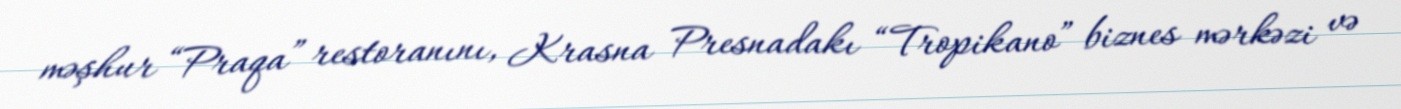
məşhur “Praqa” restoranını, Krasna Presnadakı “Tropikano” biznes mərkəzi və